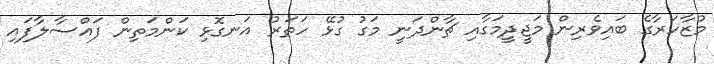
މުޒާހަރާގެ ބައިވެރިން މަޖީދީމަގާއި ޗާންދަނީ މަގު ގުޅޭ ހަތަރު އަނގޮޅި ކަންމަތިން ފައްސާލާފައި